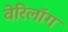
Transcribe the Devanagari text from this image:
वेरिलॉग